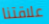
علاقتنا